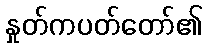
နှုတ်ကပတ်တော်၏